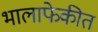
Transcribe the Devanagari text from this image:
भालाफेकीत